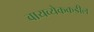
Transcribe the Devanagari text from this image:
वायव्येककडील